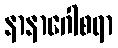
နာနာဂေါစရာ